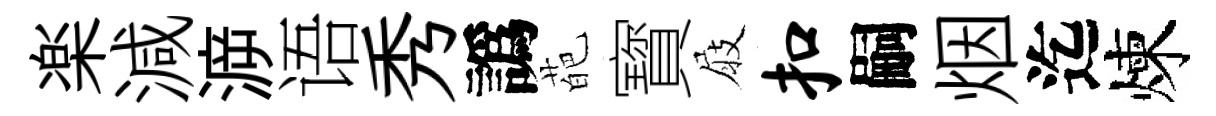
楽減㴑语秀譌葩寳屐扣嗣烟迄煉